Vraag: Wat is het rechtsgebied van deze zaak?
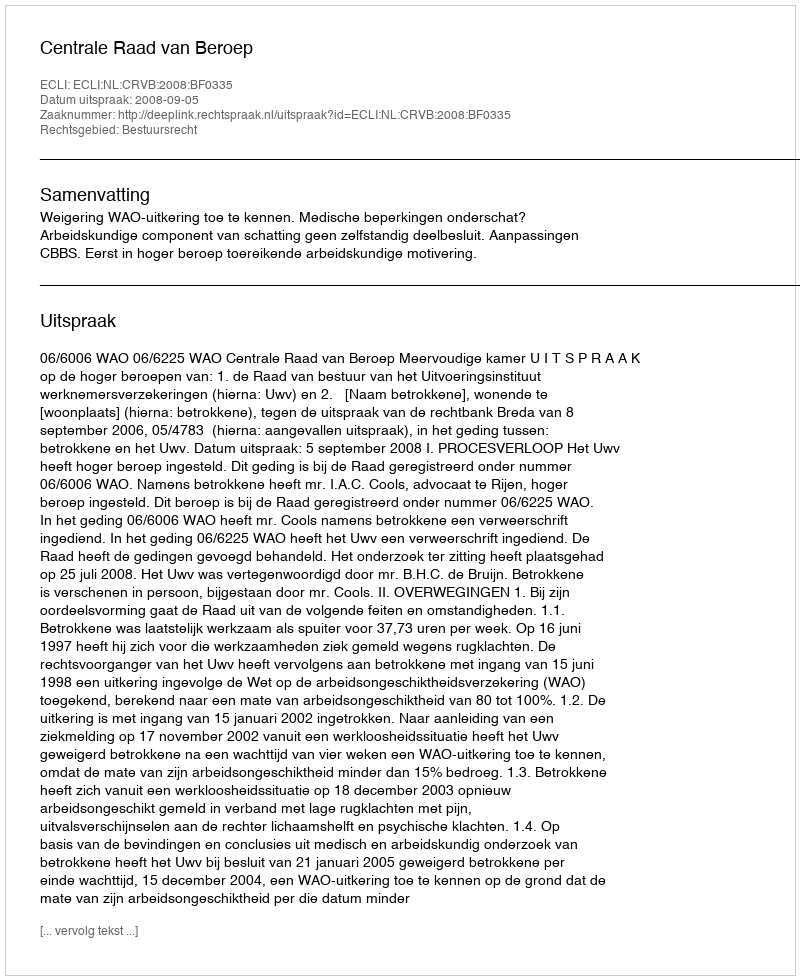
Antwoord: Bestuursrecht